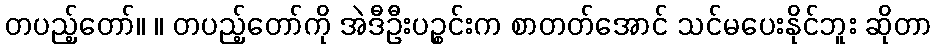
တပည့်တော်။ ။ တပည့်တော်ကို အဲဒီဦးပဉ္စင်းက စာတတ်အောင် သင်မပေးနိုင်ဘူး ဆိုတာ